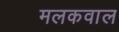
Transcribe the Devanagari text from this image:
मलकवाल